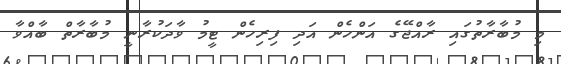
މި މުބާރާތުގައި ރާއްޖޭގެ އަންހެން އަދި ފިރިހެން ޓީމު ވާދަކުރާނީ މުބާރާތް ބާއްވާ